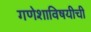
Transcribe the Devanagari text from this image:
गणेशाविषयीची